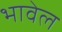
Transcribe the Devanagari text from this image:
भावेल